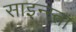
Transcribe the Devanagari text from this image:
साइन्स्ता